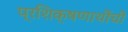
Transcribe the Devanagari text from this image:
प्रशिक्षणाथींची